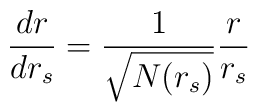
\frac{dr}{dr_s}=\frac{1}{\sqrt{N(r_s)}}\frac{r}{r_s}